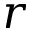
r